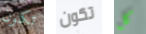
تكون تكون كل